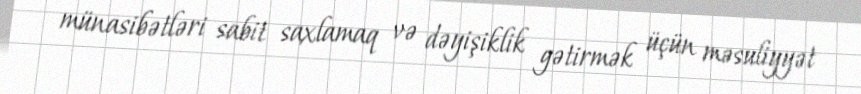
münasibətləri sabit saxlamaq və dəyişiklik gətirmək üçün məsuliyyət